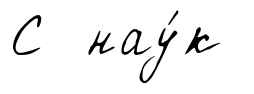
С нау́к